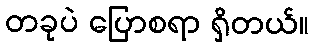
တခုပဲ ပြောစရာ ရှိတယ်။